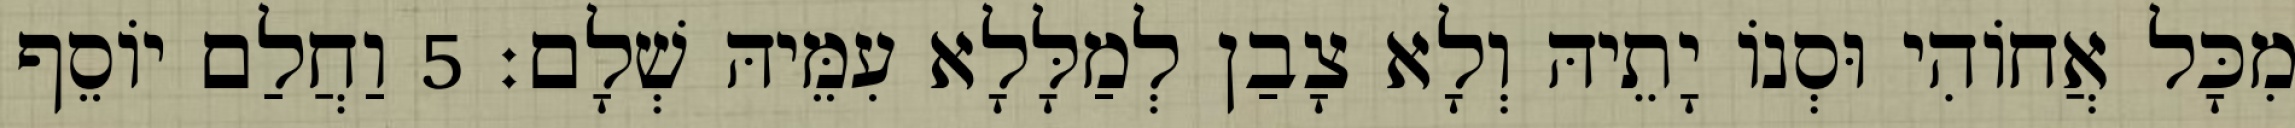
מִכָּל אֲחוֹהִי וּסְנוֹ יָתֵיהּ וְלָא צָבַן לְמַלָּלָא עִמֵּיהּ שְׁלָם׃ 5 וַחֲלַם יוֹסֵף